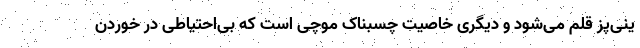
ینی‌پز قلم می‌شود و دیگری خاصیت چسبناک موچی است که بی‌احتیاطی در خوردن